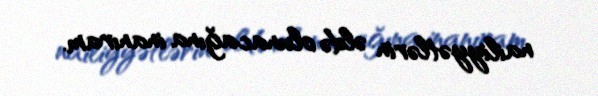
nailiyyətlərin əldə olunacağına inanıram.